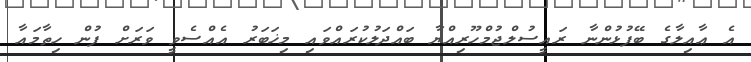
އެ ޢާއިލާގެ ބޭފުޅުންނާ ރައީސުލްޖުމްހޫރިއްޔާ ބައްދަލުކުރައްވައި މިޚަބަރު އެއްސެވީ ވަރަށް ފުން ހިތާމައާ